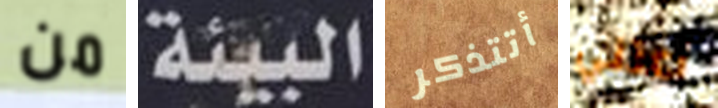
من البيئة أتتذكر أعتني